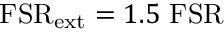
\mathrm { F S R } _ { \mathrm { e x t } } = 1 . 5 ~ \mathrm { F S R }